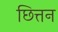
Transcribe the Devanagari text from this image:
छित्तन